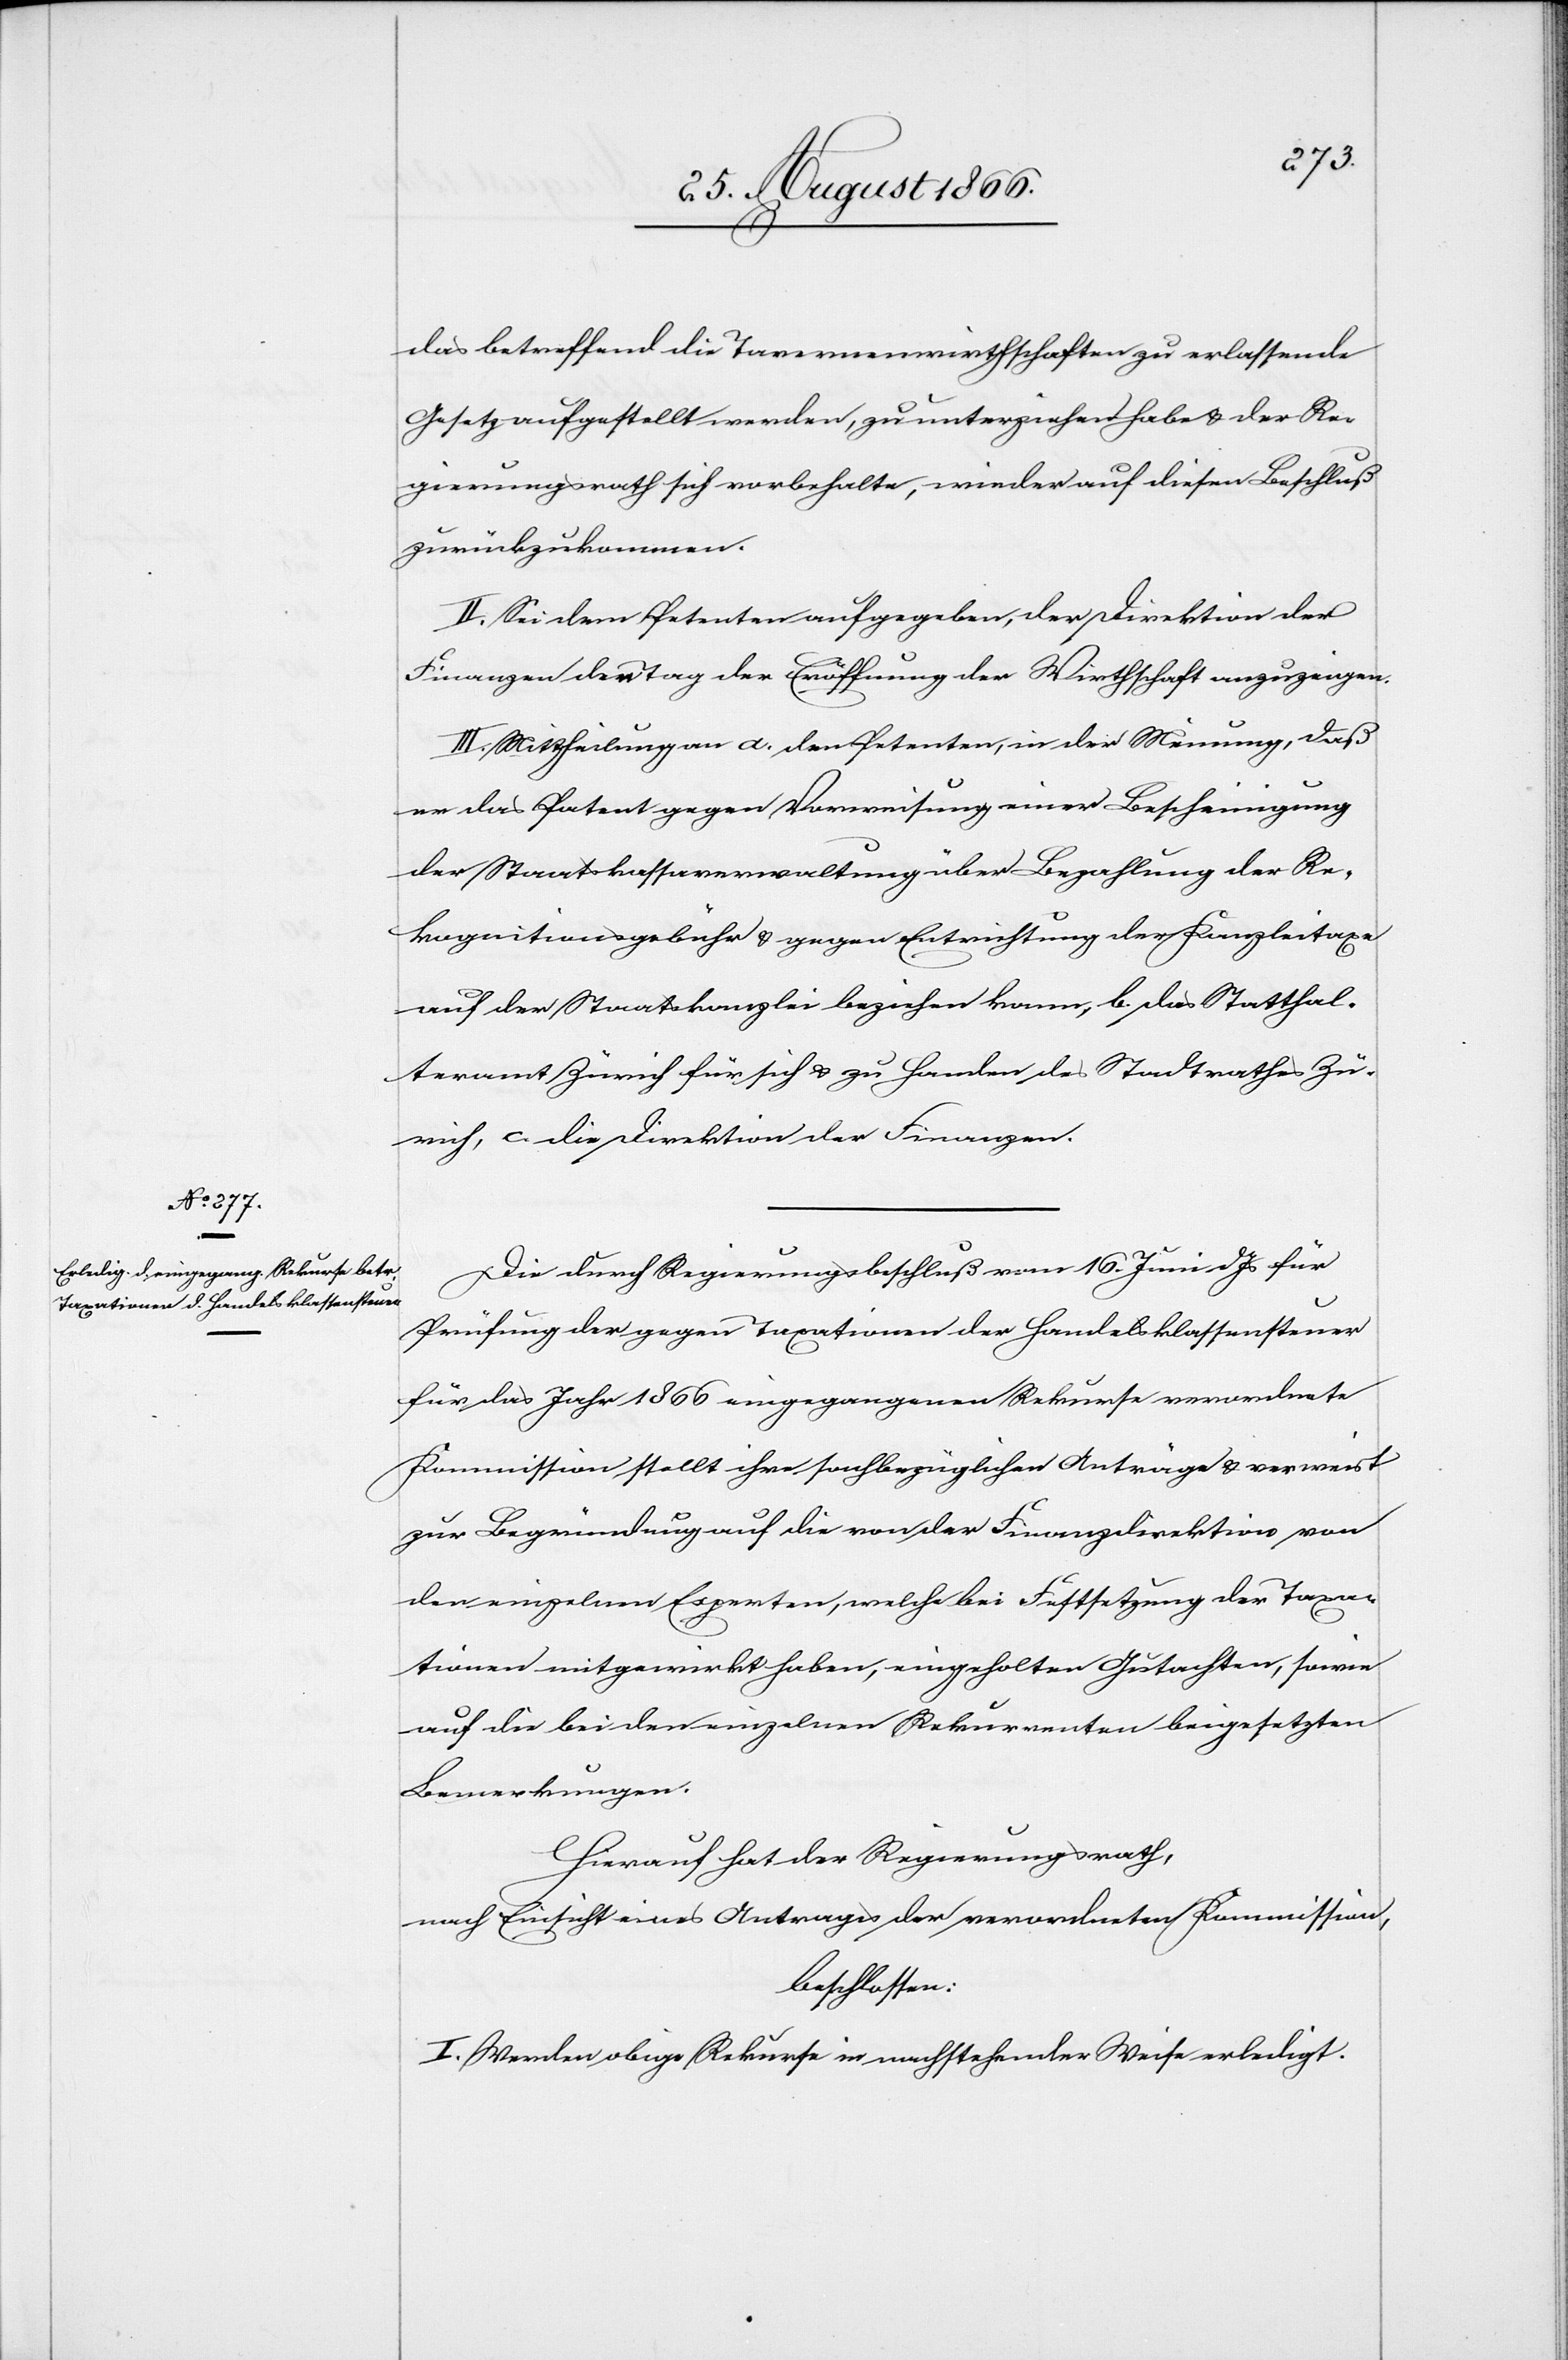
das betreffend die Tavernenwirthschaft zu erlassende
Gesetz aufgestellt werden, zu unterziehen habe u. der Re¬
gierungsrath sich vorbehalte, wieder auf diesen Beschluß
zurückzukommen.
II. Sei dem Petenten aufgegeben, der Direktion der
Finanzen den Tag der Eröffnung der Wirthschaft anzuzeigen.
III. Mittheilung an a. den Petenten, in der Meinung, daß
er das Patent gegen Vorweisung einer Bescheinigung
der Staatskassaverwaltung über Bezahlung der Re¬
kognitionsgebühr u. gegen Entrichtung der Kanzleitaxe
auf der Staatskanzlei beziehen kann, b. das Statthal¬
teramt Zürich für sich u. zu Handen des Stadtrathes Zü¬
rich, c. die Direktion der Finanzen.
Die durch Regierungsbeschluß vom 16. Juni dJs für
Prüfung der gegen Taxationen der Handelsklassensteuer
für das Jahr 1866 eingegangenen Rekurse verordnete
Kommission stellt ihre sachbezüglichen Anträge u. verweist
zur Begründung auf die von der Finanzdirektion von
den einzelnen Experten, welche bei Festsetzung der Taxa¬
tionen mitgewirkt haben, eingeholten Gutachten, sowie
auf die bei den einzelnen Rekurrenten beigesetzten
Bemerkungen.
Hierauf hat der Regierungsrath,
nach Einsicht eines Antrages der verordneten Kommission,
beschlossen:
I. Werden obige Rekurse in nachstehender Weise erledigt.